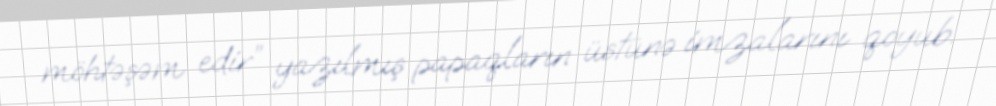
möhtəşəm edir” yazılmış papaqların üstünə imzalarını qoyub.